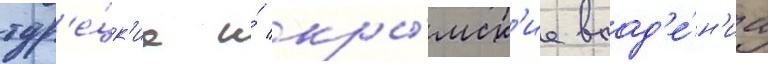
тур'е́цк'ие и́ кры́мск'ие влад'е́н'иа